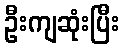
ဦးကျဆုံးပြီး